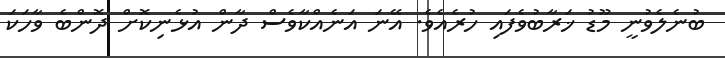
ބުނެލެވުނީ މޫޑު ޚަރާބުވެފައި ހުރެއެވެ. އޭނަ އަނެއްކާވެސް ދާން އުޅެނިކޮށް ދޮންބެ ވާހަކަ